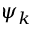
\psi _ { k }